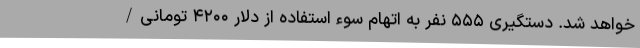
خواهد شد. دستگیری ۵۵۵ نفر به اتهام سوء استفاده از دلار ۴۲۰۰ تومانی/